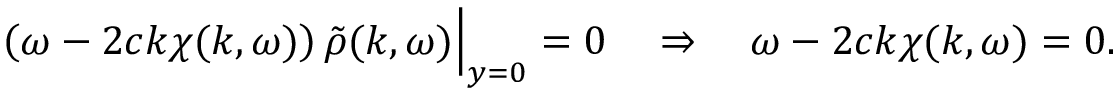
\begin{array} { r } { \left( \omega - 2 c k \chi ( k , \omega ) \right) \tilde { \rho } ( k , \omega ) \Big | _ { y = 0 } = 0 \quad \Rightarrow \quad \omega - 2 c k \chi ( k , \omega ) = 0 . } \end{array}